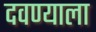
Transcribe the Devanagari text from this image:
दवण्याला